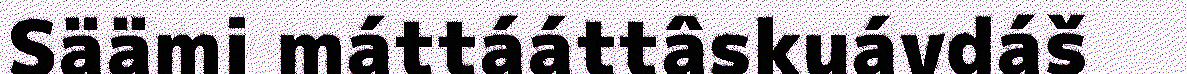
Säämi máttááttâskuávdáš